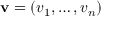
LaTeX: \mathbf { v } = ( v _ { 1 } , \ldots , v _ { n } )